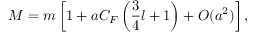
M = m \left[ 1 + a C _ { F } \left( { \frac { 3 } { 4 } } l + 1 \right) + { \cal O } ( a ^ { 2 } ) \right] ,